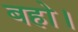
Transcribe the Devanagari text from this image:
बहो।